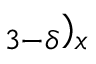
_ { 3 - \delta } ) _ { x }